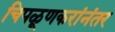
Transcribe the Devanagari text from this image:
चिपळूणकरांनंतर